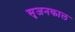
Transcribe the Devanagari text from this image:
सृजनकाल